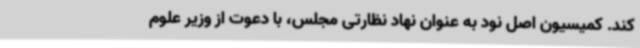
کند. کمیسیون اصل نود به عنوان نهاد نظارتی مجلس، با دعوت از وزیر علوم